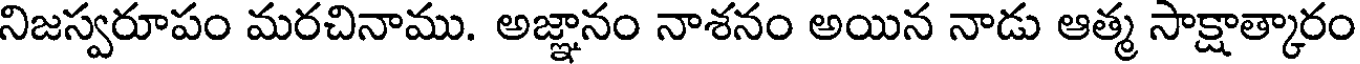
నిజస్వరూపం మరచినాము. అజ్ఞానం నాశనం అయిన నాడు ఆత్మ సాక్షాత్కారం